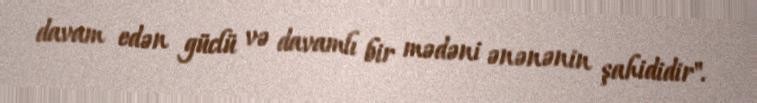
davam edən güclü və davamlı bir mədəni ənənənin şahididir".